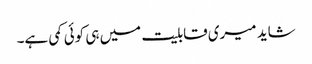
شاید میری قابلیت میں ہی کوئی کمی ہے۔